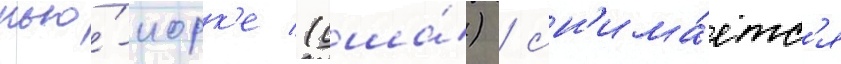
нью́-иорк'е (сша́) / сн'има́етс'я